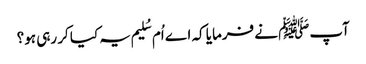
آپﷺ نے فرمایا کہ اے اُم سُلیم یہ کیا کر رہی ہو؟